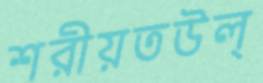
শরীয়তউল্